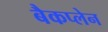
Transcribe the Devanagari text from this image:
बैकप्लेन